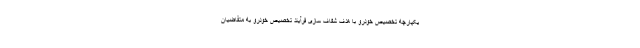
یکپارچه تخصیص خودرو با هدف شفاف سازی فرآیند تخصیص خودرو به متقاضیان